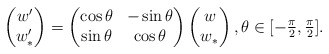
\begin{align*}\begin{pmatrix} w' \\ w'_* \end{pmatrix} = \begin{pmatrix} \cos \theta & - \sin\theta \\ \sin\theta & \cos\theta \end{pmatrix} \begin{pmatrix} w \\ w_* \end{pmatrix}, \theta \in [-\tfrac{\pi}{2}, \tfrac{\pi}{2}].\end{align*}